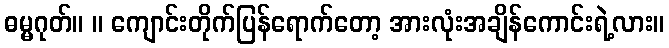
ဓမ္မဂုတ်။ ။ ကျောင်းတိုက်ပြန်ရောက်တော့ အားလုံးအချိန်ကောင်းရဲ့လား။